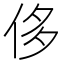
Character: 侈